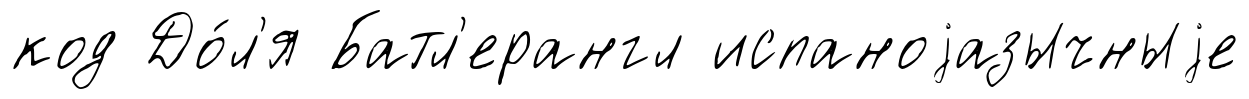
код До́л'я Батл'ерангл испаноjазычныjе